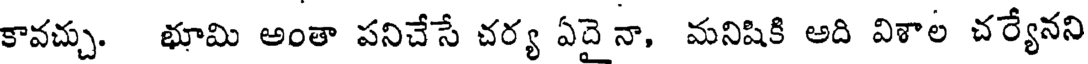
కావచ్చు. భూమి అంతా పనిచేసే చర్య ఏదై నా, మనిషికి అది విశాల చర్యేనని